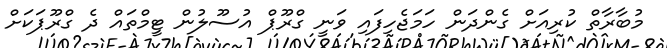
މުބާރާތް ކުރިއަށް ގެންދަން ހަމަޖެހިފައި ވަނީ ގްރޫޕް އުސޫލުން ޓީމްތައް ދެ ގްރޫޕަކަށް